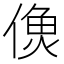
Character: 𩵑